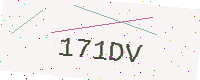
Text: 171DV